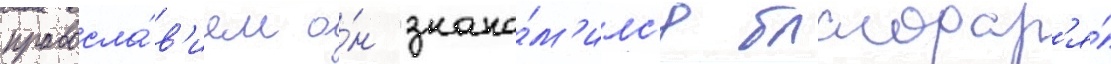
правосла́в'ием о́н знако́м'илс'я благодар'я́